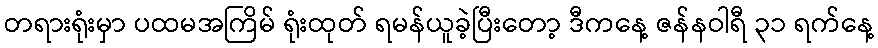
တရားရုံးမှာ ပထမအကြိမ် ရုံးထုတ် ရမန်ယူခဲ့ပြီးတော့ ဒီကနေ့ ဇန်နဝါရီ ၃၁ ရက်နေ့